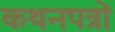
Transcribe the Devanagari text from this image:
कथनपत्रों